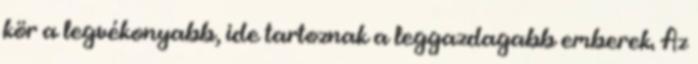
kör a legvékonyabb, ide tartoznak a leggazdagabb emberek. Az